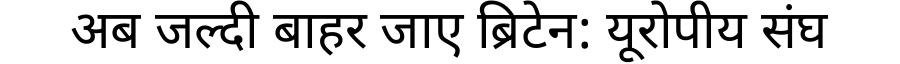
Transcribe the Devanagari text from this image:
अब जल्दी बाहर जाए ब्रिटेन: यूरोपीय संघ